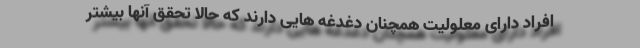
افراد داراى معلوليت همچنان دغدغه هايى دارند كه حالا تحقق آنها بيشتر